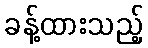
ခန့်ထားသည့်